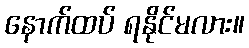
နောက်ထပ် ရနိုင်မလား။